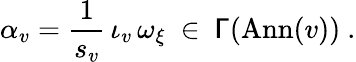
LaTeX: \alpha_{v}=\frac{1}{s_{v}}\, \iota_{v}\, \omega_{\xi}\ \in\ \mathsf{\Gamma}({\mathrm{Ann}}(v))\ .